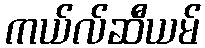
ကယ်လ်ဆီယမ်